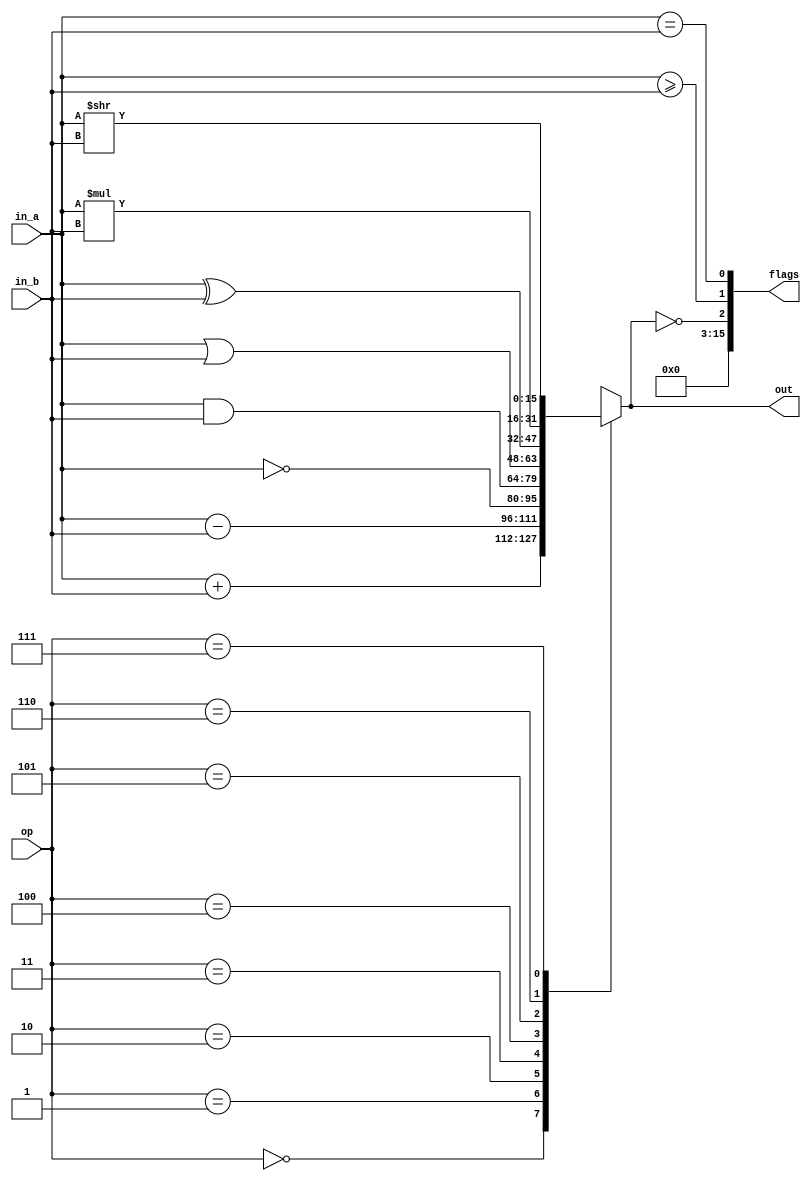
module ALU(out, flags, op, in_a, in_b);

	parameter WORD_SIZE = 16, OP_SIZE = 3;
	
	output reg[WORD_SIZE-1:0] out;
	output[WORD_SIZE-1:0] flags;
	input[OP_SIZE-1:0] op;
	input[WORD_SIZE-1:0] in_a;
	input[WORD_SIZE-1:0] in_b;
	
	always@(op,in_a,in_b) begin
		case(op)
			1'b0: out = in_a + in_b;
			1'b1: out = in_a - in_b;
			2'b10: out = ~in_a;
			2'b11: out = in_a & in_b;
			3'b100: out = in_a | in_b;
			3'b101: out = in_a ^ in_b;
			3'b110: out = in_a * in_b;
			3'b111: out = in_a >> in_b;
		endcase
	end
	
	assign flags[WORD_SIZE-1:3] = 0;
	assign flags[0] = (in_a == in_b);
	assign flags[1] = (in_a >= in_b);
	assign flags[2] = (out == 0);
endmodule